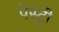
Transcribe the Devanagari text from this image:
पेस्‍ट्री